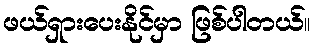
ဖယ်ရှားပေးနိုင်မှာ ဖြစ်ပါတယ်။